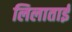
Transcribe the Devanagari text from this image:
लिलाताई